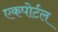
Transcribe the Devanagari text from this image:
एकपोर्टल